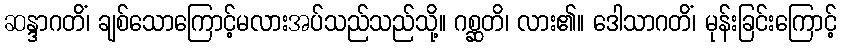
ဆန္ဒာဂတိံ၊ ချစ်သောကြောင့်မလားအပ်သည်သည်သို့။ ဂစ္ဆတိ၊ လား၏။ ဒေါသာဂတိံ၊ မုန်းခြင်းကြောင့်